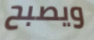
ويصبح